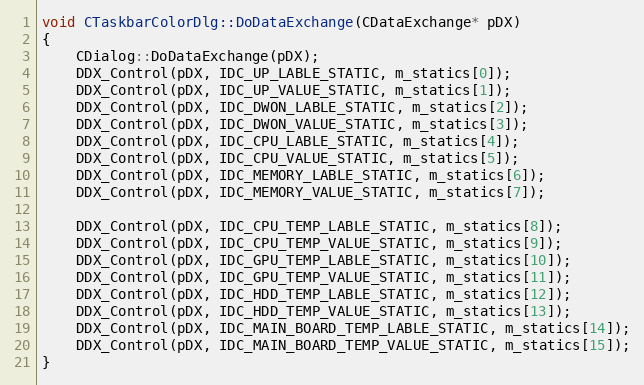
Language: C++
void CTaskbarColorDlg::DoDataExchange(CDataExchange* pDX)
{
	CDialog::DoDataExchange(pDX);
	DDX_Control(pDX, IDC_UP_LABLE_STATIC, m_statics[0]);
	DDX_Control(pDX, IDC_UP_VALUE_STATIC, m_statics[1]);
	DDX_Control(pDX, IDC_DWON_LABLE_STATIC, m_statics[2]);
	DDX_Control(pDX, IDC_DWON_VALUE_STATIC, m_statics[3]);
	DDX_Control(pDX, IDC_CPU_LABLE_STATIC, m_statics[4]);
	DDX_Control(pDX, IDC_CPU_VALUE_STATIC, m_statics[5]);
	DDX_Control(pDX, IDC_MEMORY_LABLE_STATIC, m_statics[6]);
	DDX_Control(pDX, IDC_MEMORY_VALUE_STATIC, m_statics[7]);

    DDX_Control(pDX, IDC_CPU_TEMP_LABLE_STATIC, m_statics[8]);
    DDX_Control(pDX, IDC_CPU_TEMP_VALUE_STATIC, m_statics[9]);
    DDX_Control(pDX, IDC_GPU_TEMP_LABLE_STATIC, m_statics[10]);
    DDX_Control(pDX, IDC_GPU_TEMP_VALUE_STATIC, m_statics[11]);
    DDX_Control(pDX, IDC_HDD_TEMP_LABLE_STATIC, m_statics[12]);
    DDX_Control(pDX, IDC_HDD_TEMP_VALUE_STATIC, m_statics[13]);
    DDX_Control(pDX, IDC_MAIN_BOARD_TEMP_LABLE_STATIC, m_statics[14]);
    DDX_Control(pDX, IDC_MAIN_BOARD_TEMP_VALUE_STATIC, m_statics[15]);
}